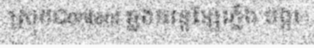
ស្រុកContent ឆ្លងចរន្តខ្សែភ្លើង បង្ករ